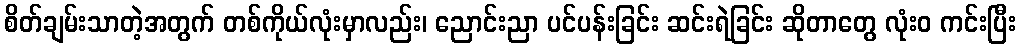
စိတ်ချမ်းသာတဲ့အတွက် တစ်ကိုယ်လုံးမှာလည်း၊ ညောင်းညာ ပင်ပန်းခြင်း ဆင်းရဲခြင်း ဆိုတာတွေ လုံးဝ ကင်းပြီး